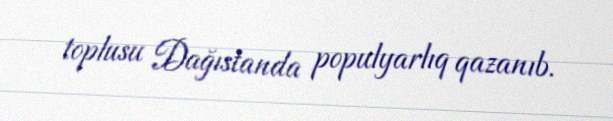
toplusu Dağıstanda populyarlıq qazanıb.